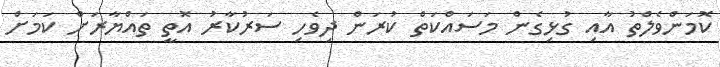
ކޮމަންވެލްތު އާއި ގުޅިގެން މަސައްކަތް ކުރަން ދިވެހި ސަރުކާރު އޮތީ ތައްޔާރަށް ކަމަށް